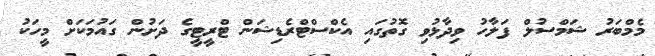
މެމްބަރު ޝަމްސުލް ފަލާހު ވިދާޅުވި ގޮތުގައި އެކްސްޓްރެޑިޝަން ޓްރީޓީގެ ދަށުން ގައުމަކަށް މީހަކު